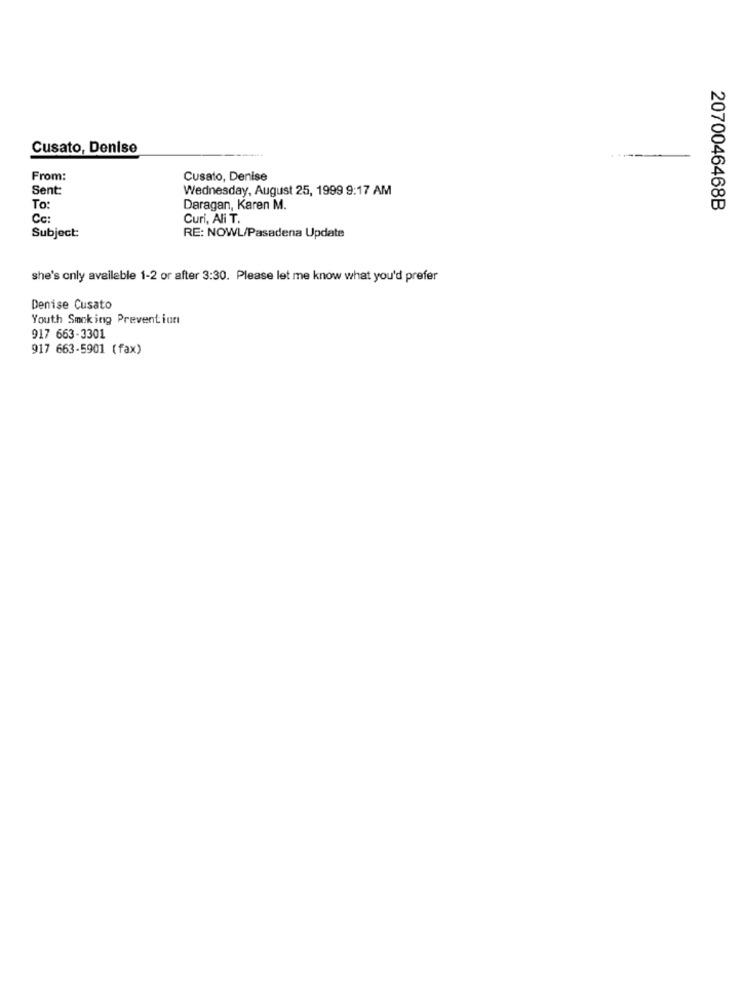
Cusato, Denise
From:
Cusato, Denise
Sent:
Wednesday, August 25, 1999 9:17 AM
To:
Daragan, Karen M.
2070046468B
Cc:
Curi, Ali T.
Subject:
RE: NOWL/Pasadena Update
she's only available 1-2 or after 3:30. Please let me know what you'd prefer
Denise Cusato
Youth Smoking Preventiun
917 663-3301
917 663-5901 (fax)